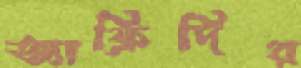
আফ্রিদির